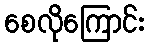
စေလိုကြောင်း